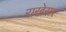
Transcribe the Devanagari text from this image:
राखेसर